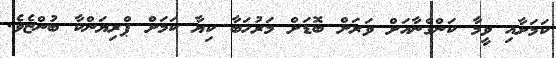
ކަމަށާއި ވީމާ ކަންގްނާއަށް ވަރަށް ބޮޑަށް މަރުހަބާ ކިޔާ ކަމަށް ޕްރިޔަންކާ ބުންޏެވެ.